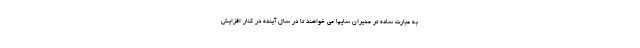
به عبارت ساده تر مدیران سایپا می خواهند تا در سال آینده در کنار افزایش